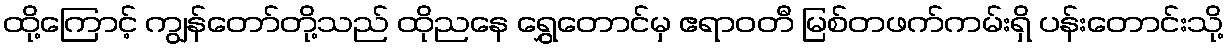
ထို့ကြောင့် ကျွန်တော်တို့သည် ထိုညနေ ရွှေတောင်မှ ဧရာဝတီ မြစ်တဖက်ကမ်းရှိ ပန်းတောင်းသို့